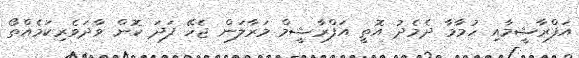
އަފްރާޝީމާއި ހުމާމާ ދެމެދު އޮތީ އަފްރާޝީމް މަރާލަން ޖެހޭ ފަދަ ކޮން ވާދަވެރިކަމެއްތޯ